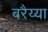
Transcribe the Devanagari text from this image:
बरैय्या